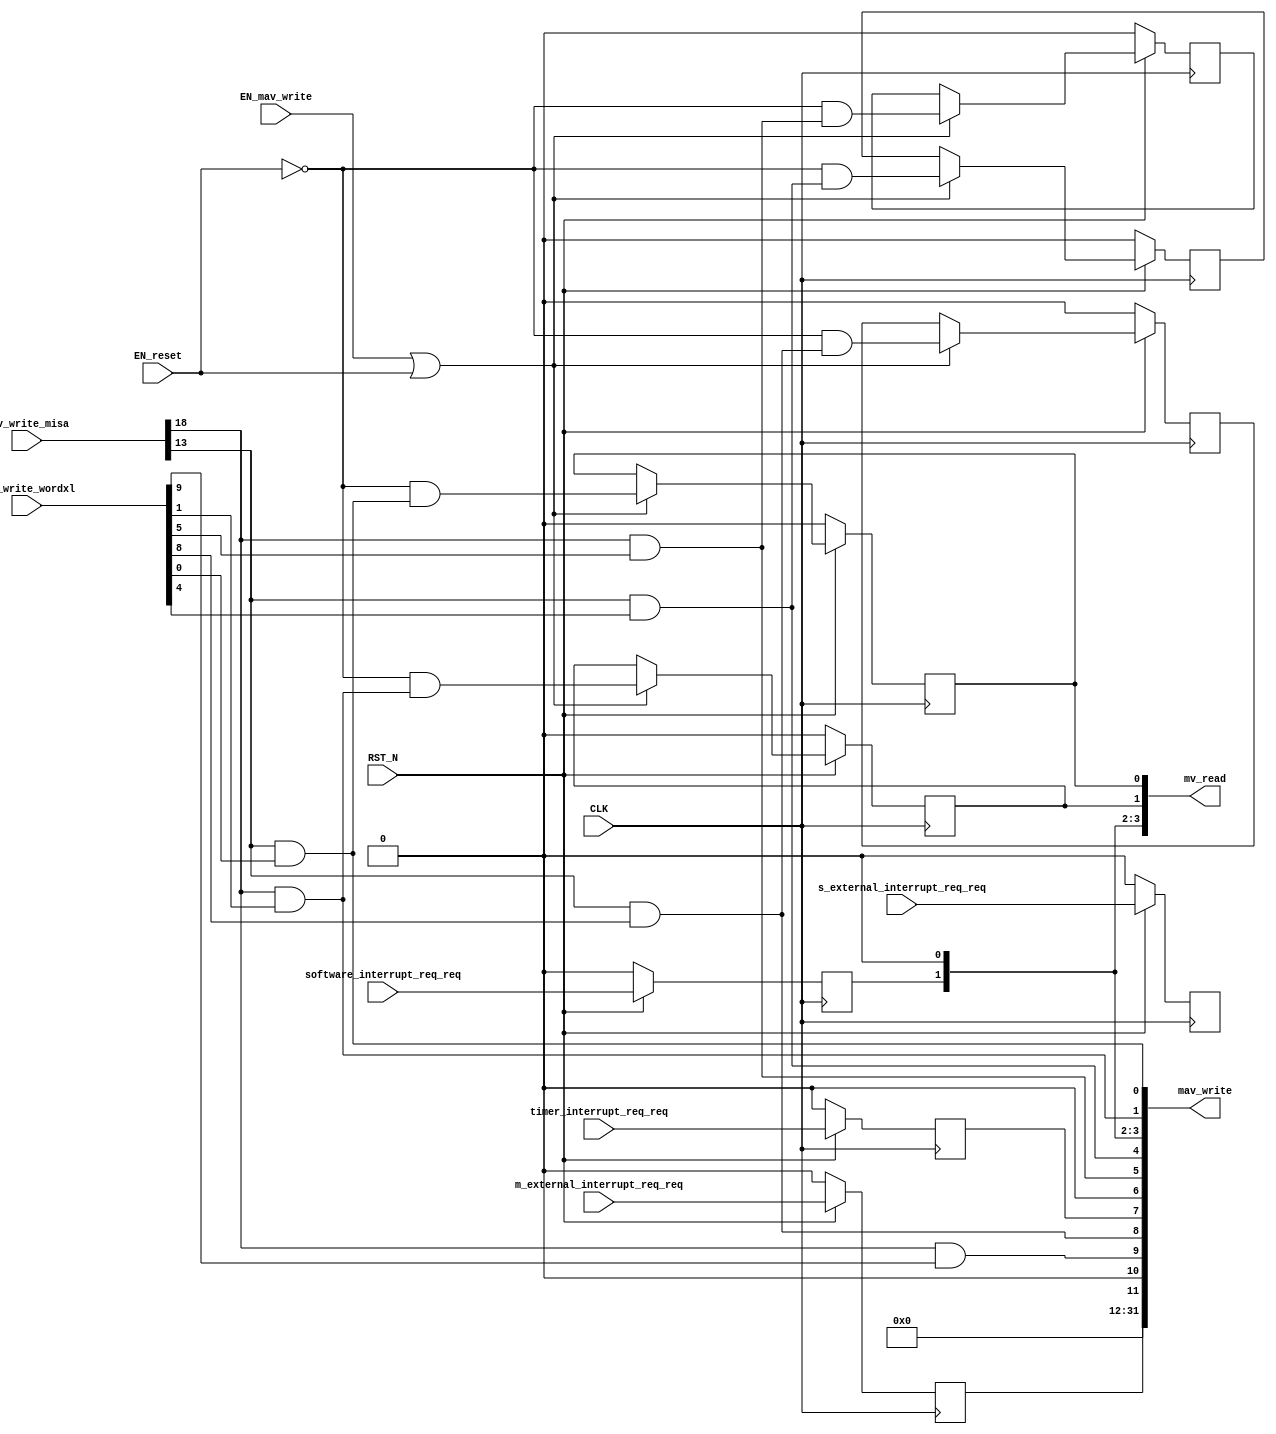
// This program was cloned from: https://github.com/bluespec/Piccolo
// License: Apache License 2.0

//
// Generated by Bluespec Compiler (build 0fccbb13)
//
//
// Ports:
// Name                         I/O  size props
// mv_read                        O    32
// mav_write                      O    32
// CLK                            I     1 clock
// RST_N                          I     1 reset
// mav_write_misa                 I    28
// mav_write_wordxl               I    32
// m_external_interrupt_req_req   I     1 reg
// s_external_interrupt_req_req   I     1 reg
// software_interrupt_req_req     I     1 reg
// timer_interrupt_req_req        I     1 reg
// EN_reset                       I     1
// EN_mav_write                   I     1
//
// Combinational paths from inputs to outputs:
//   (mav_write_misa, mav_write_wordxl) -> mav_write
//
//

`ifdef BSV_ASSIGNMENT_DELAY
`else
  `define BSV_ASSIGNMENT_DELAY
`endif

`ifdef BSV_POSITIVE_RESET
  `define BSV_RESET_VALUE 1'b1
  `define BSV_RESET_EDGE posedge
`else
  `define BSV_RESET_VALUE 1'b0
  `define BSV_RESET_EDGE negedge
`endif

module mkCSR_MIP(CLK,
		 RST_N,

		 EN_reset,

		 mv_read,

		 mav_write_misa,
		 mav_write_wordxl,
		 EN_mav_write,
		 mav_write,

		 m_external_interrupt_req_req,

		 s_external_interrupt_req_req,

		 software_interrupt_req_req,

		 timer_interrupt_req_req);
  input  CLK;
  input  RST_N;

  // action method reset
  input  EN_reset;

  // value method mv_read
  output [31 : 0] mv_read;

  // actionvalue method mav_write
  input  [27 : 0] mav_write_misa;
  input  [31 : 0] mav_write_wordxl;
  input  EN_mav_write;
  output [31 : 0] mav_write;

  // action method m_external_interrupt_req
  input  m_external_interrupt_req_req;

  // action method s_external_interrupt_req
  input  s_external_interrupt_req_req;

  // action method software_interrupt_req
  input  software_interrupt_req_req;

  // action method timer_interrupt_req
  input  timer_interrupt_req_req;

  // signals for module outputs
  wire [31 : 0] mav_write, mv_read;

  // register rg_meip
  reg rg_meip;
  wire rg_meip$D_IN, rg_meip$EN;

  // register rg_msip
  reg rg_msip;
  wire rg_msip$D_IN, rg_msip$EN;

  // register rg_mtip
  reg rg_mtip;
  wire rg_mtip$D_IN, rg_mtip$EN;

  // register rg_seip
  reg rg_seip;
  wire rg_seip$D_IN, rg_seip$EN;

  // register rg_ssip
  reg rg_ssip;
  wire rg_ssip$D_IN, rg_ssip$EN;

  // register rg_stip
  reg rg_stip;
  wire rg_stip$D_IN, rg_stip$EN;

  // register rg_ueip
  reg rg_ueip;
  wire rg_ueip$D_IN, rg_ueip$EN;

  // register rg_usip
  reg rg_usip;
  wire rg_usip$D_IN, rg_usip$EN;

  // register rg_utip
  reg rg_utip;
  wire rg_utip$D_IN, rg_utip$EN;

  // rule scheduling signals
  wire CAN_FIRE_m_external_interrupt_req,
       CAN_FIRE_mav_write,
       CAN_FIRE_reset,
       CAN_FIRE_s_external_interrupt_req,
       CAN_FIRE_software_interrupt_req,
       CAN_FIRE_timer_interrupt_req,
       WILL_FIRE_m_external_interrupt_req,
       WILL_FIRE_mav_write,
       WILL_FIRE_reset,
       WILL_FIRE_s_external_interrupt_req,
       WILL_FIRE_software_interrupt_req,
       WILL_FIRE_timer_interrupt_req;

  // remaining internal signals
  wire [11 : 0] new_mip__h1068, new_mip__h596;
  wire seip__h630, ssip__h634, stip__h632, ueip__h631, usip__h635, utip__h633;

  // action method reset
  assign CAN_FIRE_reset = 1'd1 ;
  assign WILL_FIRE_reset = EN_reset ;

  // value method mv_read
  assign mv_read = { 20'd0, new_mip__h596 } ;

  // actionvalue method mav_write
  assign mav_write = { 20'd0, new_mip__h1068 } ;
  assign CAN_FIRE_mav_write = 1'd1 ;
  assign WILL_FIRE_mav_write = EN_mav_write ;

  // action method m_external_interrupt_req
  assign CAN_FIRE_m_external_interrupt_req = 1'd1 ;
  assign WILL_FIRE_m_external_interrupt_req = 1'd1 ;

  // action method s_external_interrupt_req
  assign CAN_FIRE_s_external_interrupt_req = 1'd1 ;
  assign WILL_FIRE_s_external_interrupt_req = 1'd1 ;

  // action method software_interrupt_req
  assign CAN_FIRE_software_interrupt_req = 1'd1 ;
  assign WILL_FIRE_software_interrupt_req = 1'd1 ;

  // action method timer_interrupt_req
  assign CAN_FIRE_timer_interrupt_req = 1'd1 ;
  assign WILL_FIRE_timer_interrupt_req = 1'd1 ;

  // register rg_meip
  assign rg_meip$D_IN = m_external_interrupt_req_req ;
  assign rg_meip$EN = 1'b1 ;

  // register rg_msip
  assign rg_msip$D_IN = software_interrupt_req_req ;
  assign rg_msip$EN = 1'b1 ;

  // register rg_mtip
  assign rg_mtip$D_IN = timer_interrupt_req_req ;
  assign rg_mtip$EN = 1'b1 ;

  // register rg_seip
  assign rg_seip$D_IN = s_external_interrupt_req_req ;
  assign rg_seip$EN = 1'b1 ;

  // register rg_ssip
  assign rg_ssip$D_IN = !EN_reset && ssip__h634 ;
  assign rg_ssip$EN = EN_mav_write || EN_reset ;

  // register rg_stip
  assign rg_stip$D_IN = !EN_reset && stip__h632 ;
  assign rg_stip$EN = EN_mav_write || EN_reset ;

  // register rg_ueip
  assign rg_ueip$D_IN = !EN_reset && ueip__h631 ;
  assign rg_ueip$EN = EN_mav_write || EN_reset ;

  // register rg_usip
  assign rg_usip$D_IN = !EN_reset && usip__h635 ;
  assign rg_usip$EN = EN_mav_write || EN_reset ;

  // register rg_utip
  assign rg_utip$D_IN = !EN_reset && utip__h633 ;
  assign rg_utip$EN = EN_mav_write || EN_reset ;

  // remaining internal signals
  assign new_mip__h1068 =
	     { rg_meip,
	       1'b0,
	       seip__h630,
	       ueip__h631,
	       rg_mtip,
	       1'b0,
	       stip__h632,
	       utip__h633,
	       rg_msip,
	       1'b0,
	       ssip__h634,
	       usip__h635 } ;
  assign new_mip__h596 =
	     { rg_meip,
	       1'b0,
	       rg_seip,
	       rg_ueip,
	       rg_mtip,
	       1'b0,
	       rg_stip,
	       rg_utip,
	       rg_msip,
	       1'b0,
	       rg_ssip,
	       rg_usip } ;
  assign seip__h630 = mav_write_misa[18] && mav_write_wordxl[9] ;
  assign ssip__h634 = mav_write_misa[18] && mav_write_wordxl[1] ;
  assign stip__h632 = mav_write_misa[18] && mav_write_wordxl[5] ;
  assign ueip__h631 = mav_write_misa[13] && mav_write_wordxl[8] ;
  assign usip__h635 = mav_write_misa[13] && mav_write_wordxl[0] ;
  assign utip__h633 = mav_write_misa[13] && mav_write_wordxl[4] ;

  // handling of inlined registers

  always@(posedge CLK)
  begin
    if (RST_N == `BSV_RESET_VALUE)
      begin
        rg_meip <= `BSV_ASSIGNMENT_DELAY 1'd0;
	rg_msip <= `BSV_ASSIGNMENT_DELAY 1'd0;
	rg_mtip <= `BSV_ASSIGNMENT_DELAY 1'd0;
	rg_seip <= `BSV_ASSIGNMENT_DELAY 1'd0;
	rg_ssip <= `BSV_ASSIGNMENT_DELAY 1'd0;
	rg_stip <= `BSV_ASSIGNMENT_DELAY 1'd0;
	rg_ueip <= `BSV_ASSIGNMENT_DELAY 1'd0;
	rg_usip <= `BSV_ASSIGNMENT_DELAY 1'd0;
	rg_utip <= `BSV_ASSIGNMENT_DELAY 1'd0;
      end
    else
      begin
        if (rg_meip$EN) rg_meip <= `BSV_ASSIGNMENT_DELAY rg_meip$D_IN;
	if (rg_msip$EN) rg_msip <= `BSV_ASSIGNMENT_DELAY rg_msip$D_IN;
	if (rg_mtip$EN) rg_mtip <= `BSV_ASSIGNMENT_DELAY rg_mtip$D_IN;
	if (rg_seip$EN) rg_seip <= `BSV_ASSIGNMENT_DELAY rg_seip$D_IN;
	if (rg_ssip$EN) rg_ssip <= `BSV_ASSIGNMENT_DELAY rg_ssip$D_IN;
	if (rg_stip$EN) rg_stip <= `BSV_ASSIGNMENT_DELAY rg_stip$D_IN;
	if (rg_ueip$EN) rg_ueip <= `BSV_ASSIGNMENT_DELAY rg_ueip$D_IN;
	if (rg_usip$EN) rg_usip <= `BSV_ASSIGNMENT_DELAY rg_usip$D_IN;
	if (rg_utip$EN) rg_utip <= `BSV_ASSIGNMENT_DELAY rg_utip$D_IN;
      end
  end

  // synopsys translate_off
  `ifdef BSV_NO_INITIAL_BLOCKS
  `else // not BSV_NO_INITIAL_BLOCKS
  initial
  begin
    rg_meip = 1'h0;
    rg_msip = 1'h0;
    rg_mtip = 1'h0;
    rg_seip = 1'h0;
    rg_ssip = 1'h0;
    rg_stip = 1'h0;
    rg_ueip = 1'h0;
    rg_usip = 1'h0;
    rg_utip = 1'h0;
  end
  `endif // BSV_NO_INITIAL_BLOCKS
  // synopsys translate_on
endmodule  // mkCSR_MIP